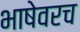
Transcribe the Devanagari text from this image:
भाषेवरच